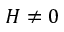
H \neq 0